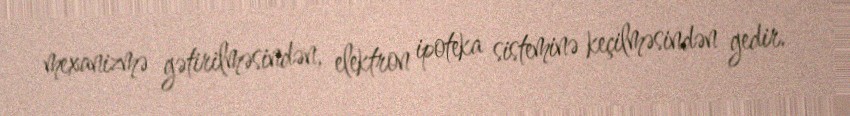
mexanizmə gətirilməsindən, elektron ipoteka sisteminə keçilməsindən gedir.